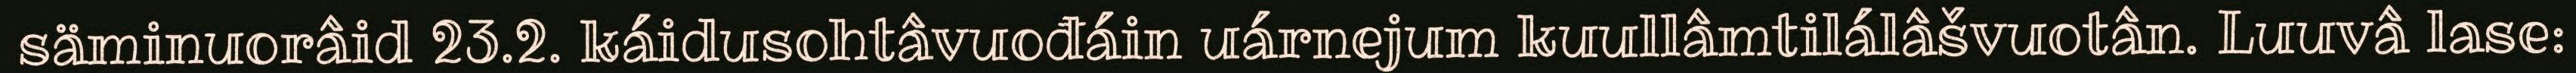
säminuorâid 23.2. káidusohtâvuođáin uárnejum kuullâmtilálâšvuotân. Luuvâ lase: